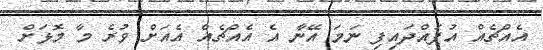
އެއްޗެއް އުފައްދައިފި ނަމަ އޭނާ އެ އެއްޗެއް އެއަށް ވުރެ މާ މޮޅަށް